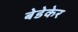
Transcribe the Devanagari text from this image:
बेडेकेर